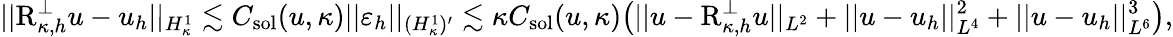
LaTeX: \lvert|\textup{R}_{\kappa,h}^{\perp}u-u_{h}\rvert|_{H_{\kappa}^{1}}\lesssim C_{\textup{sol}}(u,\kappa)\lvert|\varepsilon_{h}\rvert|_{(H_{\kappa}^{1})^{\prime}}\lesssim\kappa C_{\textup{sol}}(u,\kappa)\bigl(\lvert|u-\textup{R}_{\kappa,h}^{\perp}u\rvert|_{L^{2}}+\lvert|u-u_{h}\rvert|_{L^{4}}^{2}+\lvert|u-u_{h}\rvert|_{L^{6}}^{3}\bigr),